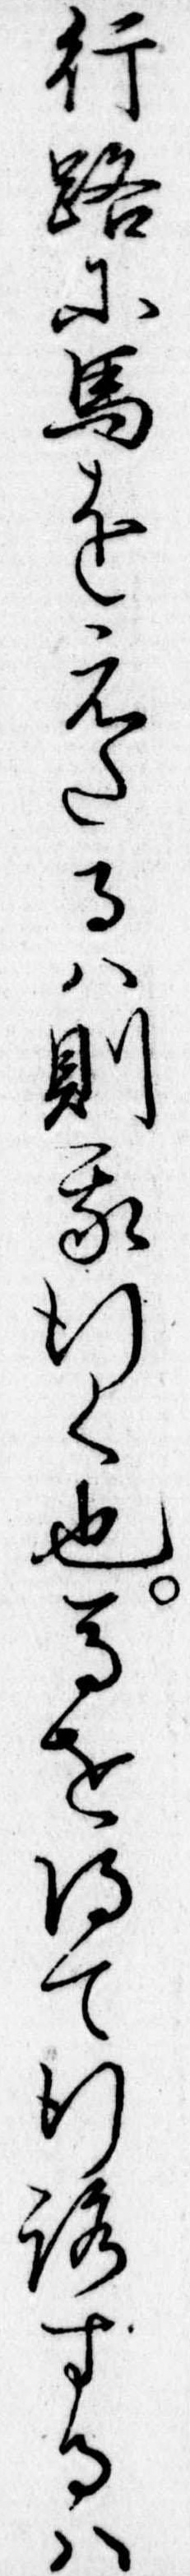
行路に馬をえたるは則我行く也馬を得て行路するは